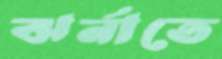
ঝর্নাতে